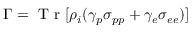
\Gamma = \mathrm { ~ T ~ r ~ } [ { \rho } _ { i } ( \gamma _ { p } { \sigma } _ { p p } + \gamma _ { e } { \sigma } _ { e e } ) ]